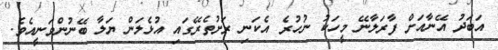
އަބަދު އޭނާއަށް ފާރަލާނޭ މީހަކު ނުހުރެ އެކަނި ރަށުތެރޭގައި އުޅެލަން ޔަލާ ބޭނުންވަނީއެވެ.